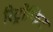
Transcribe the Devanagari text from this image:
रिट्रोफिट